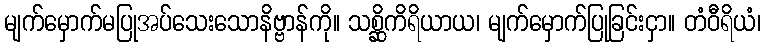
မျက်မှောက်မပြုအပ်သေးသောနိဗ္ဗာန်ကို။ သစ္ဆိကိရိယာယ၊ မျက်မှောက်ပြုခြင်းငှာ။ တံဝီရိယံ၊